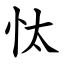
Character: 忲